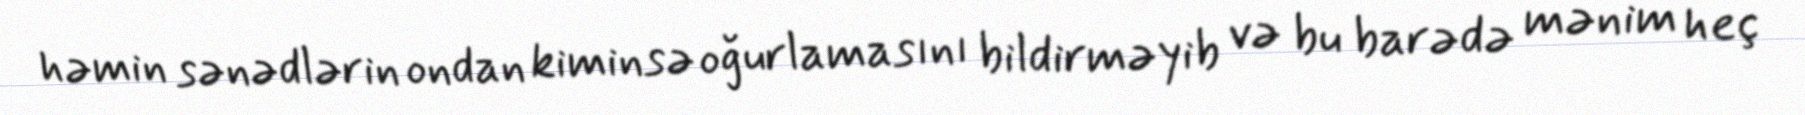
həmin sənədlərin ondan kiminsə oğurlamasını bildirməyib və bu barədə mənim heç